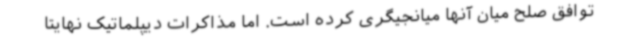
توافق صلح میان آنها میانجیگری کرده است. اما مذاکرات دیپلماتیک نهایتا